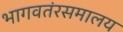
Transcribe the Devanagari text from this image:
भागवतंरसमालय